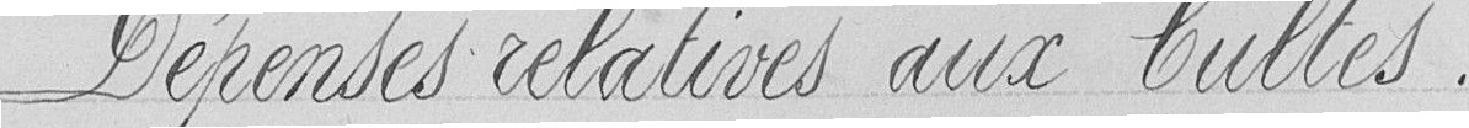
Dépenses relatives aux cultes